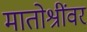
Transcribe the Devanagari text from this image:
मातोश्रींवर